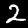
Digit: 2